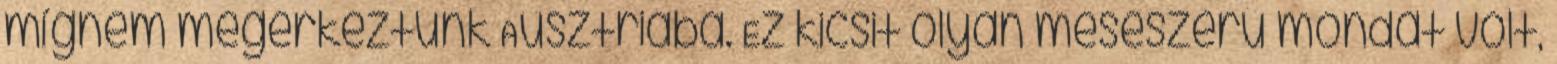
mígnem megérkeztünk Ausztriába. Ez kicsit olyan meseszerű mondat volt,